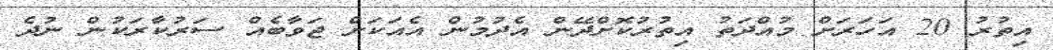
އިތުރު 20 އަހަރަށް މުއްދަތު އިތުރުކޮށްދޭން އެދުމުން އެއަކަށް ޖަވާބެއް ސަރުކާރަކުން ނުދެ